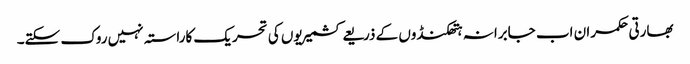
بھارتی حکمران اب جابرانہ ہتھکنڈوں کے ذریعے کشمیریوں کی تحریک کاراستہ نہیں روک سکتے۔